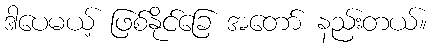
ဒါပေမယ့် ဖြစ်နိုင်ခြေ အတော် နည်းတယ်။